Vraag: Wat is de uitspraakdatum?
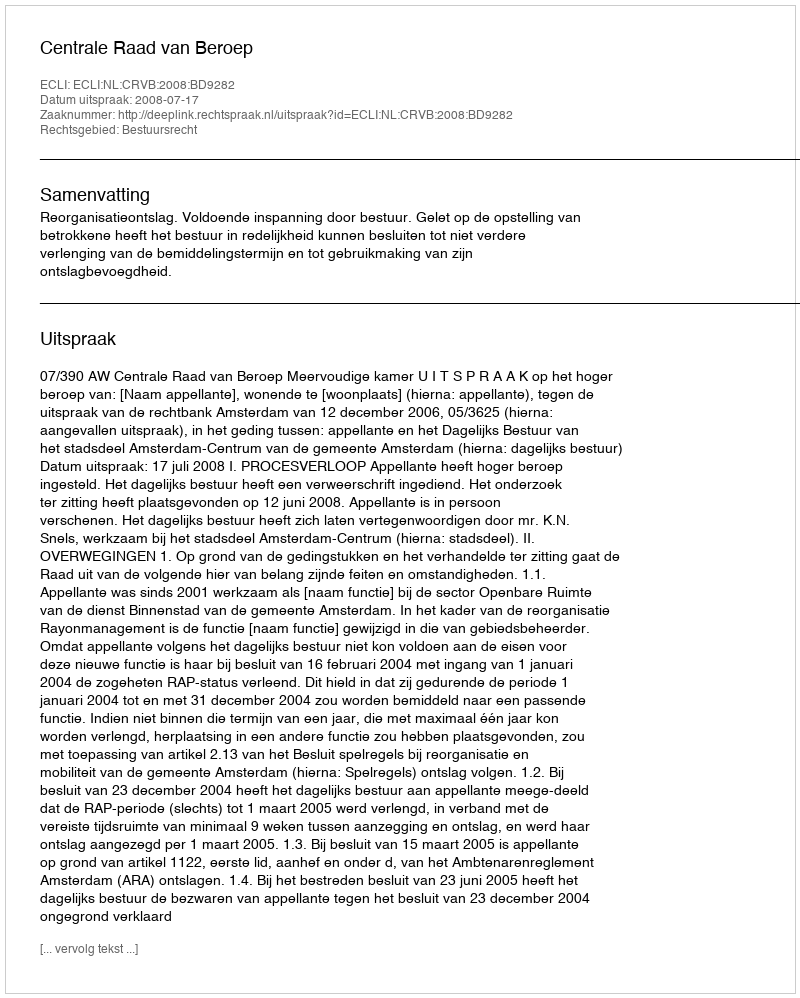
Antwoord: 2008-07-17